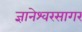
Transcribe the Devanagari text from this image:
ज्ञानेश्वरसागर